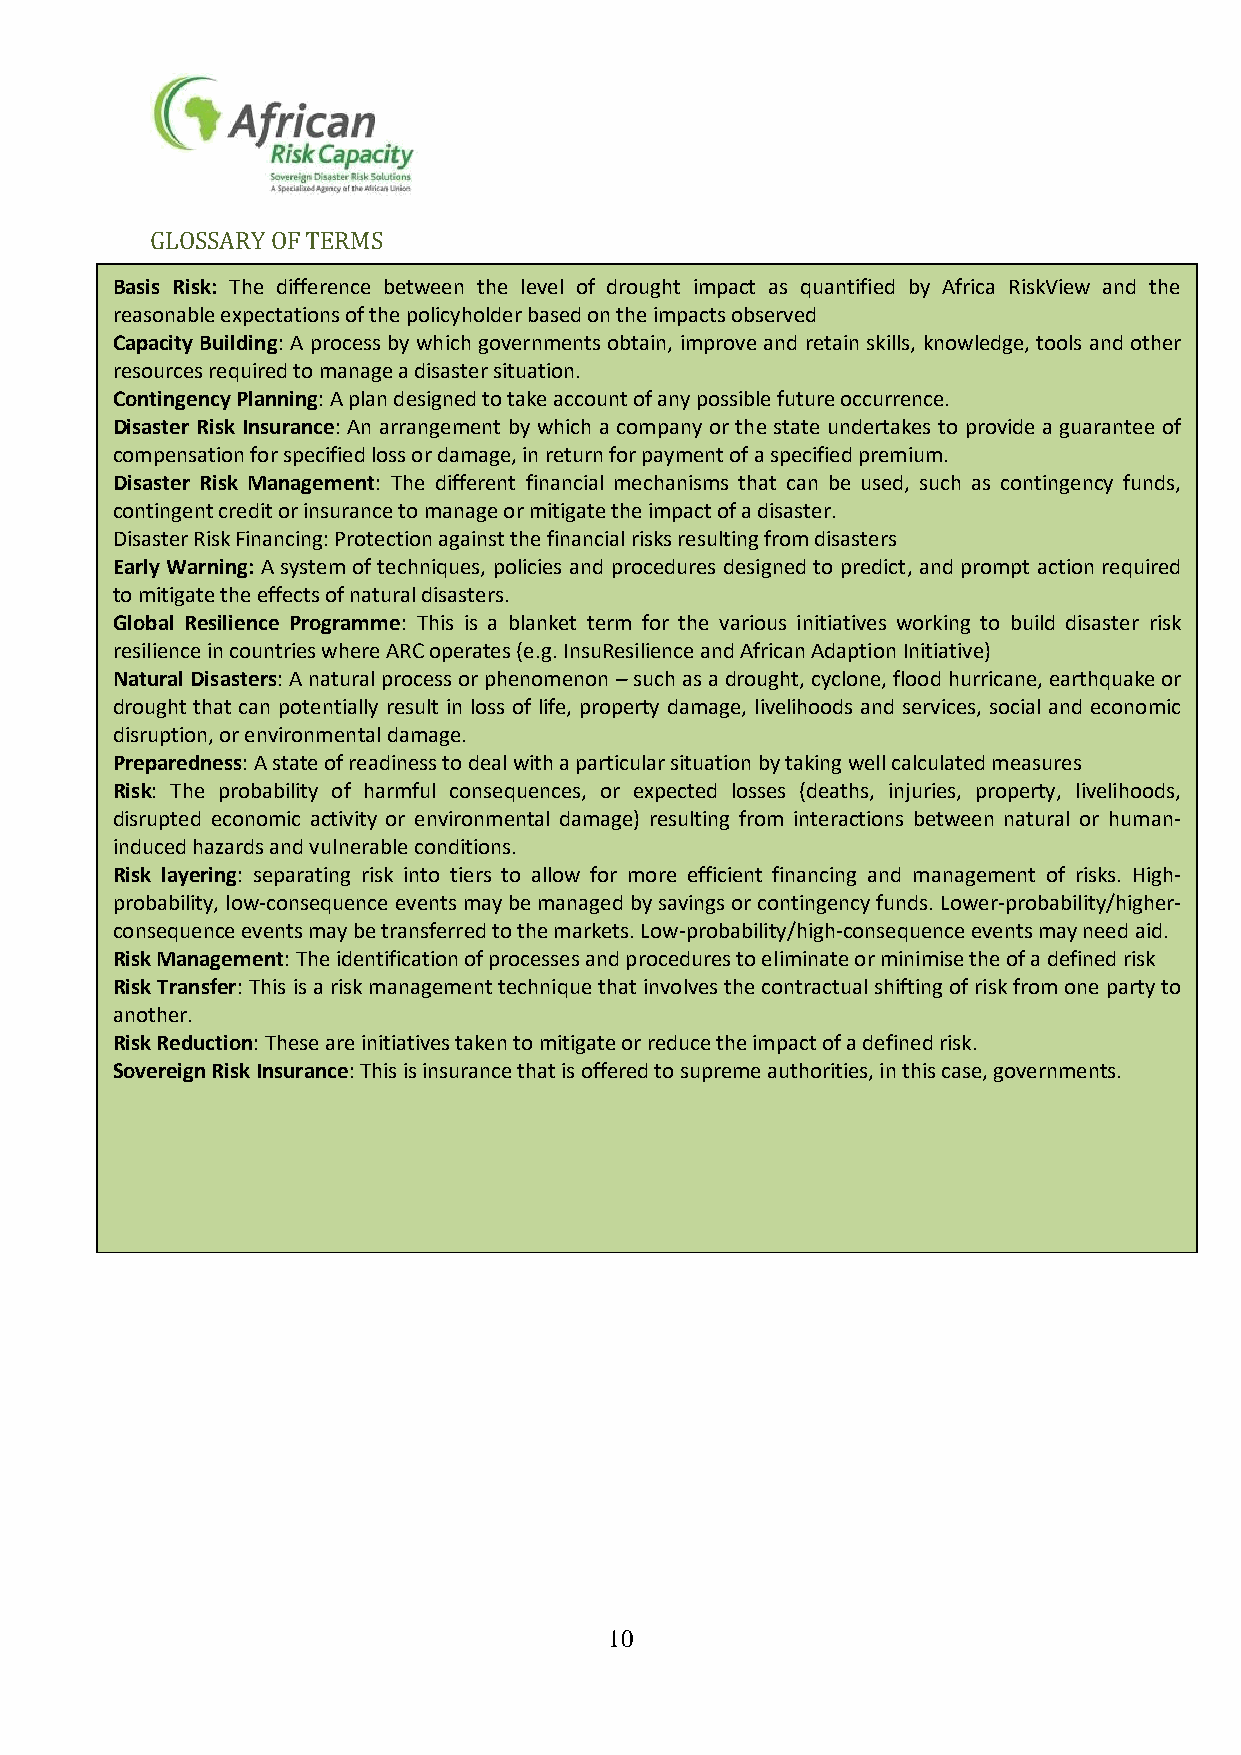
GLOSSARY OF TERMS
 Basis Risk: The difference between the level of drought impact as quantified by Africa RiskView and the
 reasonable expectations of the policyholder based on the impacts observed
 Capacity Building: A process by which governments obtain, improve and retain skills, knowledge, tools and other
 reso urces required to manage a disaster situation.
 Contingency Planning: A plan designed to take account of any possible future occurrence.
 Disaster Risk Insurance: An arrangement by which a company or the state undertakes to provide a guarantee of
 compensation for specified loss or damage, in return for payment of a specified premium.
 Disa ster Risk Management: The different financial mechanisms that can be used, such as contingency funds,
 contingent credit or insurance to manage or mitigate the impact of a disaster.
 Disaster Risk Financing: Protection against the financial risks resulting from disasters
 Early Warning: A system of techniques, policies and procedures designed to predict, and prompt action required
 to m itigate the effects of natural disasters.
 Global Resilience Programme: This is a blanket term for the various initiatives working to build disaster risk
 resilience in countries where ARC operates (e.g. InsuResilience and African Adaption Initiative)
 Natu ral Disasters: A natural process or phenomenon – such as a drought, cyclone, flood hurricane, earthquake or
 drou ght that can potentially result in loss of life, property damage, livelihoods and services, social and economic
 disruption, or environmental damage.
 Preparedness: A state of readiness to deal with a particular situation by taking well calculated measures
 Risk : The probability of harmful consequences, or expected losses (deaths, injuries, property, livelihoods,
 disrupted economic activity or environmental damage) resulting from interactions between natural or human-
 induced hazards and vulnerable conditions.
 Risk layering: separating risk into tiers to allow for more efficient financing and management of risks. High-
 prob ability, low-consequence events may be managed by savings or contingency funds. Lower-probability/higher-
 consequence events may be transferred to the markets. Low-probability/high-consequence events may need aid.
 Risk Management: The identification of processes and procedures to eliminate or minimise the of a defined risk
 Risk Transfer: This is a risk management technique that involves the contractual shifting of risk from one party to
 anot her.
 Risk Reduction: These are initiatives taken to mitigate or reduce the impact of a defined risk.
 Sovereign Risk Insurance: This is insurance that is offered to supreme authorities, in this case, governments.
 10